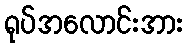
ရုပ်အလောင်းအား